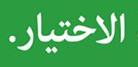
الاختيار